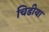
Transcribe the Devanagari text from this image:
चिडीया